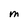
Character: M